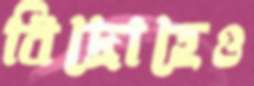
বিদ্রোহেও